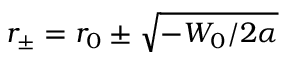
r _ { \pm } = r _ { 0 } \pm \sqrt { - W _ { 0 } / 2 \alpha }